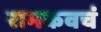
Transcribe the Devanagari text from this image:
रामकवचं